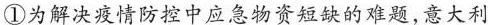
①为解决疫情防控中应急物资短缺的难题,意大利